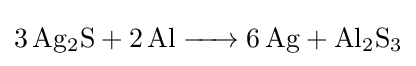
{\ce {3Ag2S + 2Al -> 6Ag + Al2S3}}